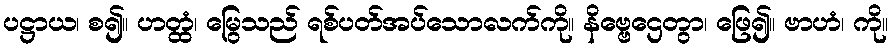
ပဋ္ဌာယ၊ စ၍။ ဟတ္ထံ၊ မြွေသည် ရစ်ပတ်အပ်သောလက်ကို။ နိဗ္ဗေဌေတွာ၊ ဖြေ၍။ ဗာဟံ၊ ကို။